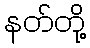
နတ်တို့